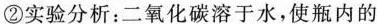
②实验分析：二氧化碳溶于水，使瓶内的